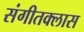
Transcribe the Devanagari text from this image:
संगीतक्लास